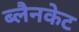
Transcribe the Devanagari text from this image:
ब्लैनकेट